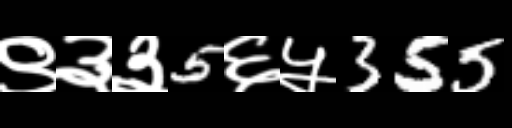
Text: ९३३5६५355